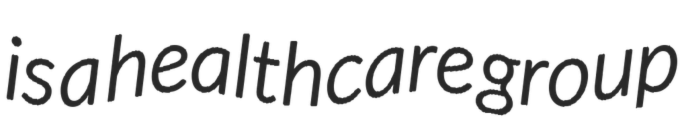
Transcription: is a healthcare group